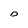
Character: D